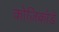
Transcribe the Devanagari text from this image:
कोज़िकोडे